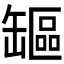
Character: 𦉒